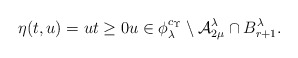
\begin{align*} \eta(t,u) = u t \ge 0 u \in \phi_\lambda^{ c_\Upsilon } \setminus {\cal A}_{2 \mu}^\lambda \cap B^{\lambda}_{r+1}.\end{align*}